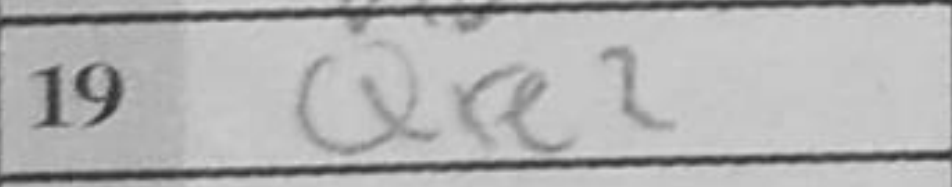
Transcription: Qxe2